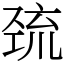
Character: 巯